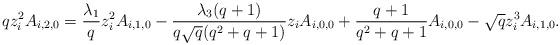
LaTeX: \begin{align*}qz_i^2A_{i,2,0}=\frac{\lambda_1}{q}z_i^2A_{i,1,0}-\frac{\lambda_3(q+1)}{q\sqrt{q}(q^2+q+1)}z_iA_{i,0,0}+\frac{q+1}{q^2+q+1}A_{i,0,0}-\sqrt{q}z_i^3A_{i,1,0}.\end{align*}